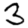
Digit: 3